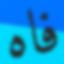
فاه